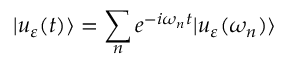
| u _ { \varepsilon } ( t ) \rangle = \sum _ { n } e ^ { - i \omega _ { n } t } | u _ { \varepsilon } ( \omega _ { n } ) \rangle